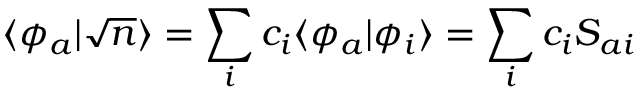
\langle \phi _ { a } | \sqrt { n } \rangle = \sum _ { i } c _ { i } \langle \phi _ { a } | \phi _ { i } \rangle = \sum _ { i } c _ { i } S _ { a i }